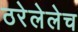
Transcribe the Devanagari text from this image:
ठरेलेलेच